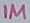
Text: 1M